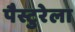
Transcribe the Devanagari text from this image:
पैस्टुरेला